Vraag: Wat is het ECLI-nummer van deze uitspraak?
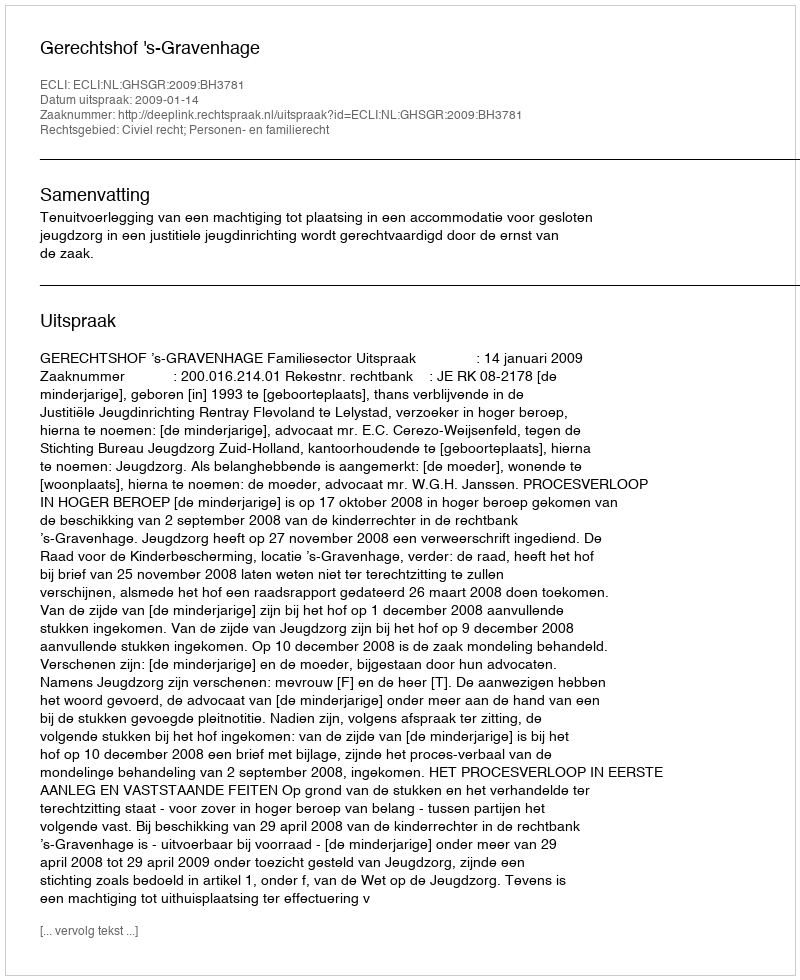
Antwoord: ECLI:NL:GHSGR:2009:BH3781